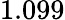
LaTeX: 1.099